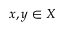
x , y \in X